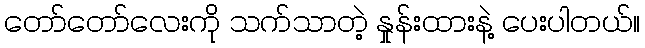
တော်တော်လေးကို သက်သာတဲ့ နှုန်းထားနဲ့ ပေးပါတယ်။